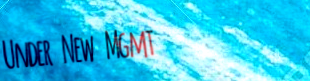
Under New Mgmt